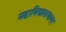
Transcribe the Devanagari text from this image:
महाविद्यालयावर